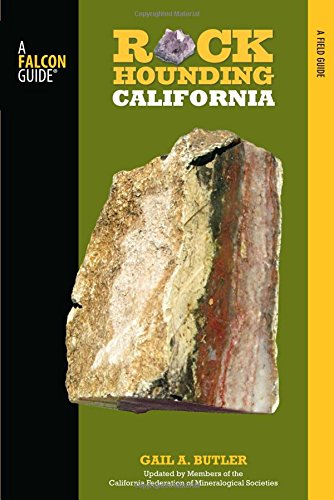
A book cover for Rockhounding California: A Guide To The State's Best Rockhounding Sites (Rockhounding Series); Gail A. Butler; Science & Math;